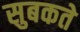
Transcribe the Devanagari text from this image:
सुबकते